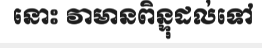
នោះ វាមានពិន្ទុដល់ទៅ